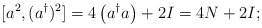
\begin{align*}[a^2,(a^\dagger)^2] = 4 \left(a^\dagger a\right) + 2 I = 4 N +2 I;\end{align*}